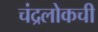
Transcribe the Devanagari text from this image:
चंद्रलोकची